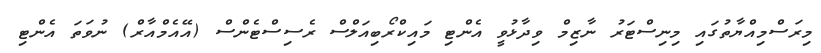
މިރަސްމިއްޔާތުގައި މިނިސްޓަރު ނާޒިމް ވިދާޅުވީ އެންޓި މައިކްރޯބިއަލްސް ރެސިސްޓެންސް (އޭއެމްއާރް) ނުވަތަ އެންޓި